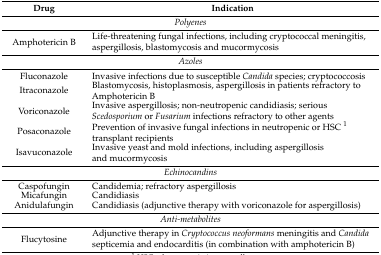
<table><thead><tr><td><b>Drug</b></td><td><b>Indication</b></td></tr></thead><tbody><tr><td colspan="2"><i>Polyenes</i></td></tr><tr><td>Amphotericin B</td><td>Life-threatening fungal infections, including cryptococcal meningitis, aspergillosis, blastomycosis and mucormycosis</td></tr><tr><td colspan="2"><i>Azoles</i></td></tr><tr><td>Fluconazole</td><td>Invasive infections due to susceptible <i>Candida</i> species; cryptococcosis</td></tr><tr><td>Itraconazole</td><td>Blastomycosis, histoplasmosis, aspergillosis in patients refractory to Amphotericin B</td></tr><tr><td>Voriconazole</td><td>Invasive aspergillosis; non-neutropenic candidiasis; serious <i>Scedosporium</i> or <i>Fusarium</i> infections refractory to other agents</td></tr><tr><td>Posaconazole</td><td>Prevention of invasive fungal infections in neutropenic or HSC <sup>1</sup> transplant recipients</td></tr><tr><td>Isavuconazole</td><td>Invasive yeast and mold infections, including aspergillosis and mucormycosis</td></tr><tr><td colspan="2"><i>Echinocandins</i></td></tr><tr><td>Caspofungin</td><td>Candidemia; refractory aspergillosis</td></tr><tr><td>Micafungin</td><td>Candidiasis</td></tr><tr><td>Anidulafungin</td><td>Candidiasis (adjunctive therapy with voriconazole for aspergillosis)</td></tr><tr><td colspan="2"><i>Anti-metabolites</i></td></tr><tr><td>Flucytosine</td><td>Adjunctive therapy in <i>Cryptococcus neoformans</i> meningitis and <i>Candida</i> septicemia and endocarditis (in combination with amphotericin B)</td></tr></tbody></table>